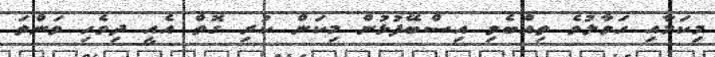
މިކަމާއި ހަވާލުވެ ތިއްބެވި އިސްބޭފުޅުން މިކަން ކުރި ގޮތް އެއީ ދިވެހި ވަންތަ